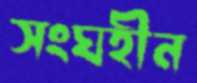
সংঘহীন